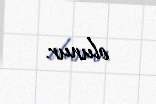
olunur.